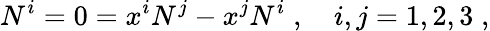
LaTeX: N^{i}=0=x^{i}N^{j}-x^{j}N^{i}\; ,\quad i,j=1,2,3\; ,